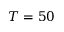
T = 5 0